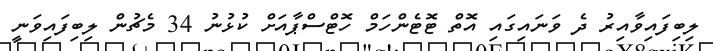
ލިބިފައިވާއިރު ދެ ވަނައިގައި އޮތް ޓޮޓެންހަމް ހޮޓްސްޕާއަށް ކުޅުނު 34 މެޗުން ލިބިފައިވަނީ